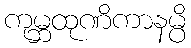
ကုမ္ဘထုဏိကာနမ္ပိ